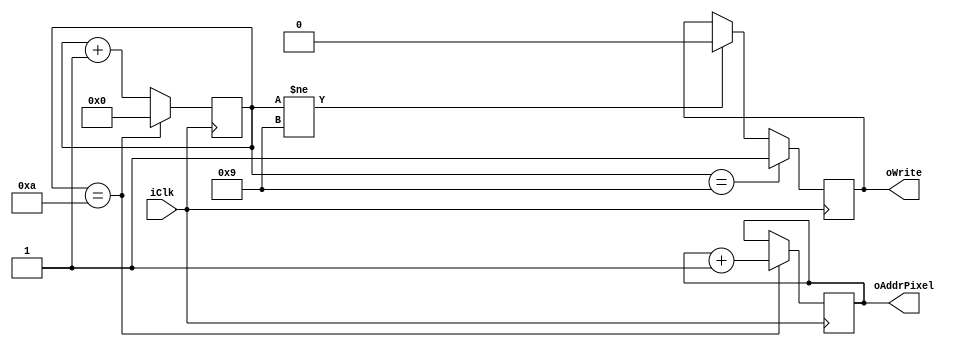

module counter(

	input iClk,
	output reg oWrite,
	output reg [12:0]oAddrPixel = 13'd0
);
	reg [3:0] count = 4'd0;
	always @ (posedge iClk) begin
		count <= count + 1'b1;
		if(count == 4'd10) begin
			oAddrPixel <= oAddrPixel + 1'b1;
			count <= 4'd0;
		end
		if(count != 4'd9) begin
			oWrite <= 1'b0; 
		end
		if(count == 4'd9) begin
			oWrite <= 1'b1; 
		end
	end


endmodule